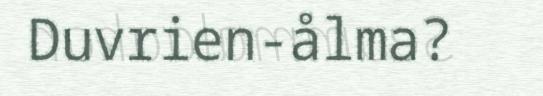
Duvrien-ålma?